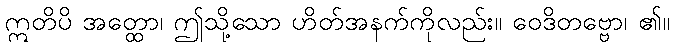
ဣတိပိ အတ္ထော၊ ဤသို့သော ဟိတ်အနက်ကိုလည်း။ ဝေဒိတဗ္ဗော၊ ၏။